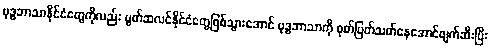
ဗုဒ္ဓဘာသာနိုင်ငံတွေကိုလည်း မွတ်ဆလင်နိုင်ငံတွေဖြစ်သွားအောင် ဗုဒ္ဓဘာသာကို စုတ်ပြတ်သတ်နေအောင်ဖျက်ဆီးပြီး